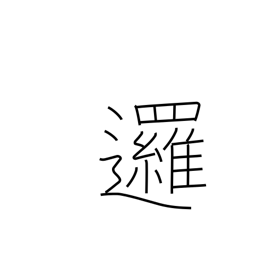
Meaning: go around